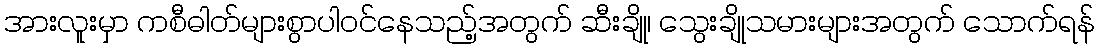
အားလူးမှာ ကစီဓါတ်များစွာပါဝင်နေသည့်အတွက် ဆီးချို၊ သွေးချိုသမားများအတွက် သောက်ရန်